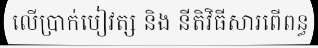
លើប្រាក់បៀវត្ស និង នីតិវិធីសារពើពន្ធ